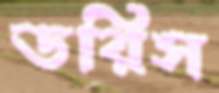
ডরিস